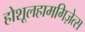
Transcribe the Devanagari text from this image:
होशूलहामगिज़ेत्स